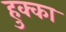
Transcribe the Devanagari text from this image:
हुक्‍का